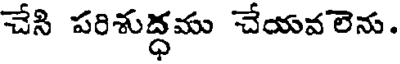
చేసి పరిశుద్ధము చేయవలెను.